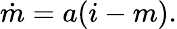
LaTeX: \dot{m}=a(i-m).